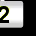
Digit: 2